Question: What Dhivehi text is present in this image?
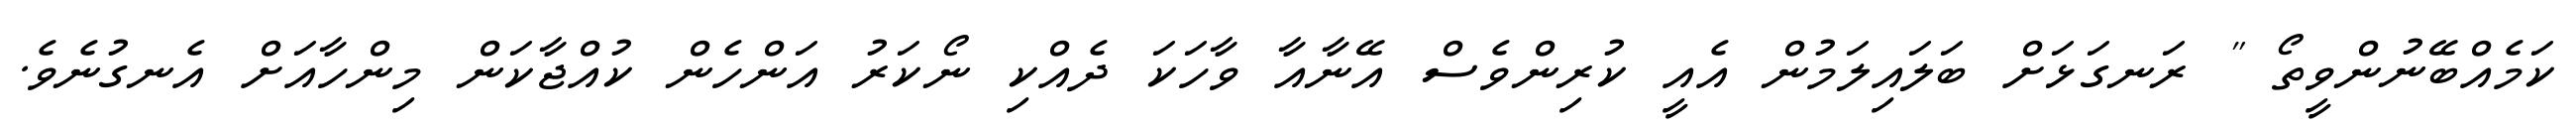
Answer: ކަމެއްބޭނުންވީތޯ " ރަނގަޅަށް ބަލައިލަމުން އެއީ ކުރިންވެސް އޭނާއާ ވާހަކަ ދެއްކި ނޯކަރު އަންހެން ކުއްޖާކަން މިންހާއަށް އެނގުނެވެ.